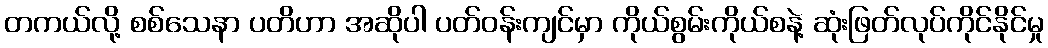
တကယ်လို့ စစ်သေနာ ပတိဟာ အဆိုပါ ပတ်ဝန်းကျင်မှာ ကိုယ်စွမ်းကိုယ်စနဲ့ ဆုံးဖြတ်လုပ်ကိုင်နိုင်မှု